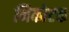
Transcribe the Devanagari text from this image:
निकोटक